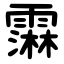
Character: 䨬